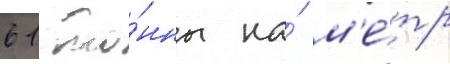
61 то́нны на́ м'е́тр